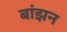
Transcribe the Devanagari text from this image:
बांझन